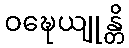
ဝဍ္ဎေယျုန္တိ